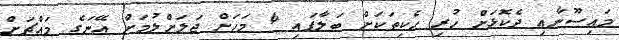
މައިސޫނާއި ދެކޮޅަށް ހުރި ހެކިތަކަށް ބަލާފައި 4 މަހަށް ޖަލަށްލުމަށް އޭނަގެ މައްޗަށް